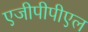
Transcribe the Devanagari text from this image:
एजीपीपीएल